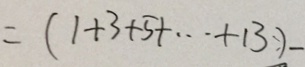
= ( 1 + 3 + 5 + \cdots + 1 3 ) -